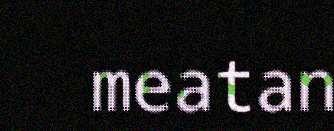
meatan